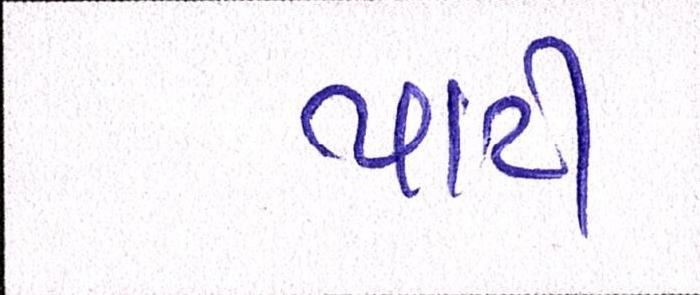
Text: પાટી